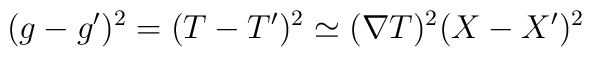
(g-g')^2=(T-T')^2 \simeq (\nabla T)^2 (X-X')^2